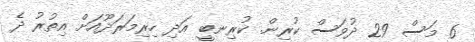
6 މަސް 29 ދުވަސް ކުރިން. ކުރިނބީ އަދި ހިރިމަރަދޫއަށް އިތުރު ދެ